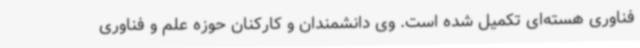
فناوری هسته‌ای تکمیل شده است. وی دانشمندان و کارکنان حوزه علم و فناوری